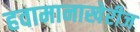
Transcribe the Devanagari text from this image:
हवामानाखेरीज